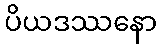
ပိယဒဿနော